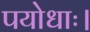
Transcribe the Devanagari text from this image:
पयोधाः।